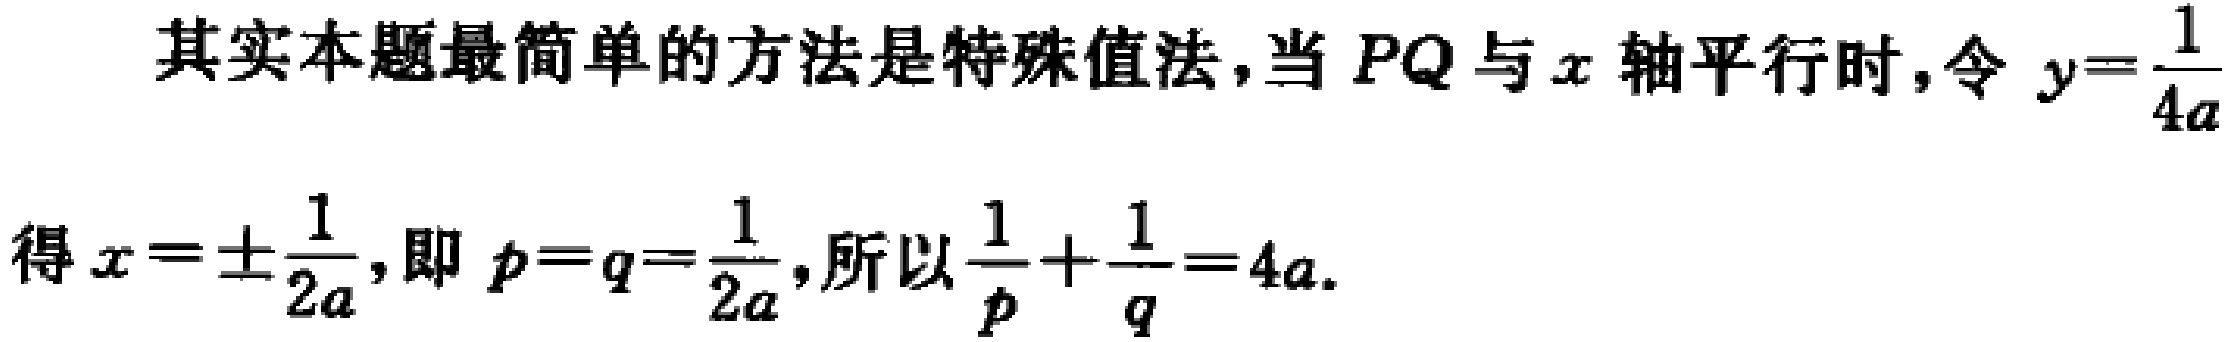
其实本题最简单的方法是特殊值法,当 \(PQ\) 与 \(x\) 轴平行时,令 \(y = \frac{1}{4a}\)
得 \(x = \pm\frac{1}{2a}\),即 \(p = q = \frac{1}{2a}\),所以 \(\frac{1}{p}+\frac{1}{q}=4a\).